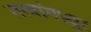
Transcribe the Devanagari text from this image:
तत्त्वांगप्रचुर